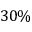
3 0 \%